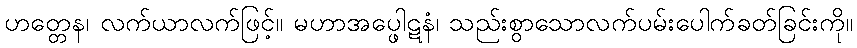
ဟတ္တေန၊ လက်ယာလက်ဖြင့်။ မဟာအပ္ဖေါဋနံ၊ သည်းစွာသောလက်ပမ်းပေါက်ခတ်ခြင်းကို။